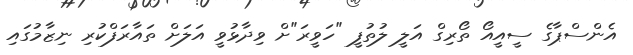
އެންސްޕާގެ ސީއީއޯ ތޯރިގް އަލީ ލުތުފީ "ހަވީރަ"ށް ވިދާޅުވީ އަލަށް ތައާރަފްކުރި ނިޒާމުގައި